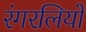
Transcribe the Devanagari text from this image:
रंगरलियों